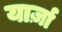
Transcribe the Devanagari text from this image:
यार्ज़ा